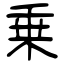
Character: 乗